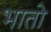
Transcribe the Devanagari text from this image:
भातो